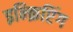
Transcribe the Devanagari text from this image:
इन्क्रिप्टिंग